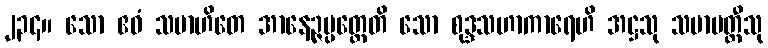
၂၃၄။ သော ဧဝံ သမာဟိတေ အာနေဉ္ဇပ္ပတ္တေတိ သော စုဒ္ဒသဟာကာရေဟိ အဋ္ဌသု သမာပတ္တီသု